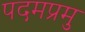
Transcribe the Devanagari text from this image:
पदमप्रमु